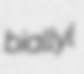
biallyl